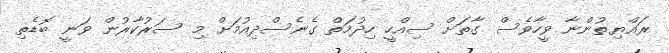
ރައްޔިތުންނާ ވީހާވެސް ގާތަށް ސިއްހީ ހިދުމަތް ގެނެސްދިއުމަށް މި ސަރުކާރުން ވަނީ ބޮޑެތި